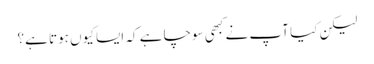
لیکن کیا آپ نے کبھی سوچا ہے کہ ایسا کیوں ہوتا ہے؟